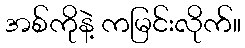
အစ်ကိုနဲ့ ကမြင်းလိုက်။